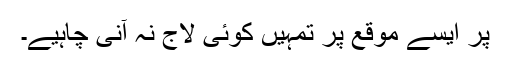
پر ایسے موقع پر تمہیں کوئی لاج نہ آنی چاہیے۔